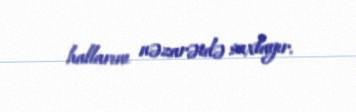
hallarını nəzarətdə saxlayır.